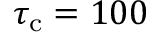
\tau _ { \mathrm { c } } = 1 0 0